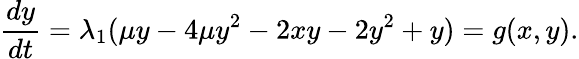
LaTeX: \frac{dy}{dt}=\lambda_{1}(\mu y-4\mu y^{2}-2xy-2y^{2}+y)=g(x,y).